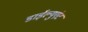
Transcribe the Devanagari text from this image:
डाईल्युएंट